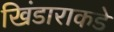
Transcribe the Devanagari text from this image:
खिंडाराकडे